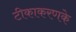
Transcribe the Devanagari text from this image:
टीकाकरणके